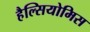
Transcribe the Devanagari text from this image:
हैल्सियोमिस